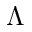
\Lambda